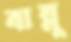
বান্নু